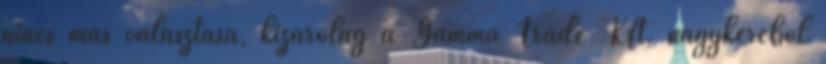
nincs más választása, kizárólag a Gamma Trade Kft. nagykeréből